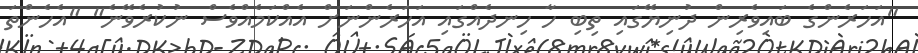
"އަހަރެންގެ ބައިވެރިން ދުނިޔޭގައި ތިިބި ހާ ހިނދެއްގައި އަހަރެންނަށް އެއްކަމެއްވެސް ނުކުރެވޭނެ" "އެހެންތަ